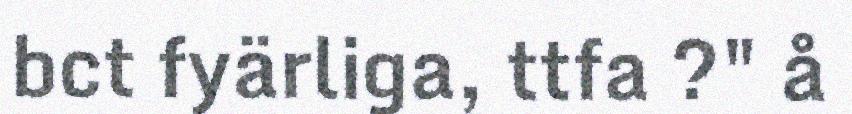
bct fyärliga, ttfa ?" å